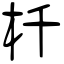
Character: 杄